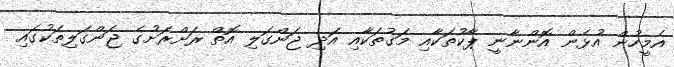
އެމީހުން އުޅެން އޮންނާނީ ޕާކުތަކާއި މަގުތަކާއި އަދި ޖަންގަލި އޮތް ރަށްރަށުގެ ޖަންގަލިތަކުގައި